Indian Civil Veterinary Department memoirs
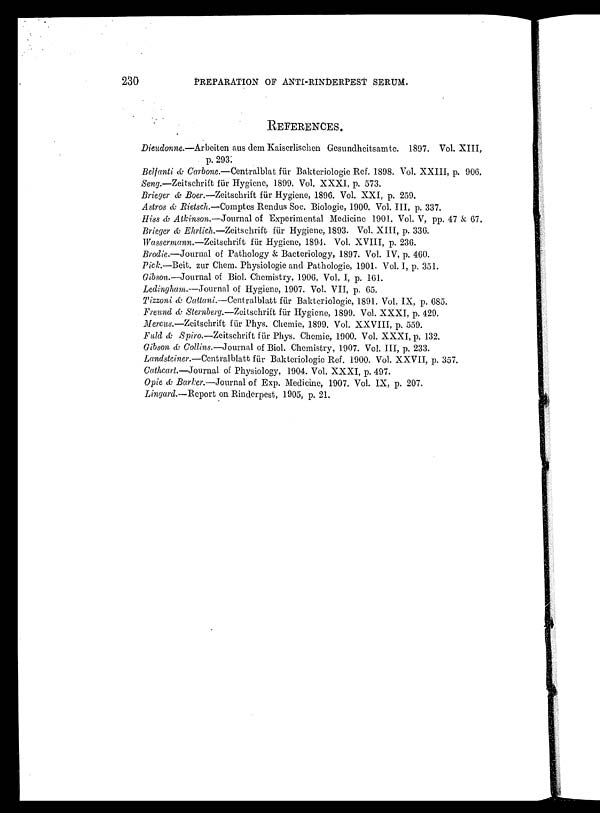
230
PREPARATION OF ANTI-RINDERPEST SERUM.
REFERENCES
Dieudonne.—Arbeiten aus dem Kaiserlischen Gesundheitsamte. 1897. Vol. XIII,
p. 293;
Belfanti & Carbone. — Centralblat für Baktcriologie Ref. 1898. Vol. XXIII, p. 906.
Seng.—Zeitschrift für Hygiene, 1899. Vol. XXXI, p. 573.
Brieger & Boer.—Zeitschrift für Hygiene, 1896. Vol. XXI, p. 259.
Astros & Rietsch.—Comptes Rendus Soc. Biologie, 1900. Vol. III, p. 337.
Hiss & Atkinson.—Journal of Experimental Medicine 1901. Vol. V, pp. 47 & 67.
Brieger & Ehrlich.—Zeitschrift für Hygiene, 1893. Vol. XIII, p. 336.
Wassermann.—Zeitschrift für Hygiene, 1894. Vol. XVIII, p. 236.
Brodie.—Journal of Pathology & Bacteriology, 1897. Vol. IV, p. 460.
Pick.—Beit. zur Chem. Physiologie and Pathologie 1901. Vol. I, p. 351.
Gibson.—Journal of Biol. Chemistry, 1906. Vol. I, p. 161.
Ledingham.—Journal of Hygiene, 1907. Vol. VII, p. 65.
Tizzoni & Cattani.—Centralblatt für Bakteriologie, 1891. Vol. IX, p. 685.
Freund & Sternberg.—Zeitschrift für Hygiene, 1899. Vol. XXXI, p. 429.
Mercus.—Zeitschrift für Phys. Chemie, 1899. Vol. XXVIII, p. 559.
Fuld & Spiro.—Zeitschrift für Phys. Chemie, 1900. Vol. XXXI, p. 132.
Gibson & Collins.—Journal of Biol. Chemistry, 1907. Vol. III, p. 233.
Landsteiner.—Centralblatt für Bakteriologie Ref. 1900. Vol. XXVII, p. 357.
Cathcart.—Journal of Physiology, 1904. Vol. XXXI, p. 497.
Opie & Barker.—Journal of Exp. Medicine, 1907. Vol. IX, p. 207.
Lingard.—Report on Rinderpest, 1905, p. 21.